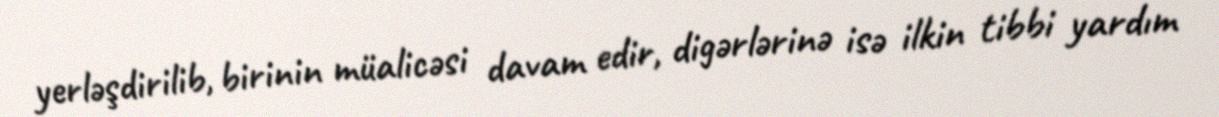
yerləşdirilib, birinin müalicəsi davam edir, digərlərinə isə ilkin tibbi yardım